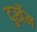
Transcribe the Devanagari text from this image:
दुर्खेम